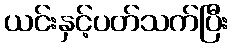
ယင်းနှင့်ပတ်သက်ပြီး